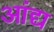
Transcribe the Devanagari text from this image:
आंद्य